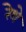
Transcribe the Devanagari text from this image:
रेथे